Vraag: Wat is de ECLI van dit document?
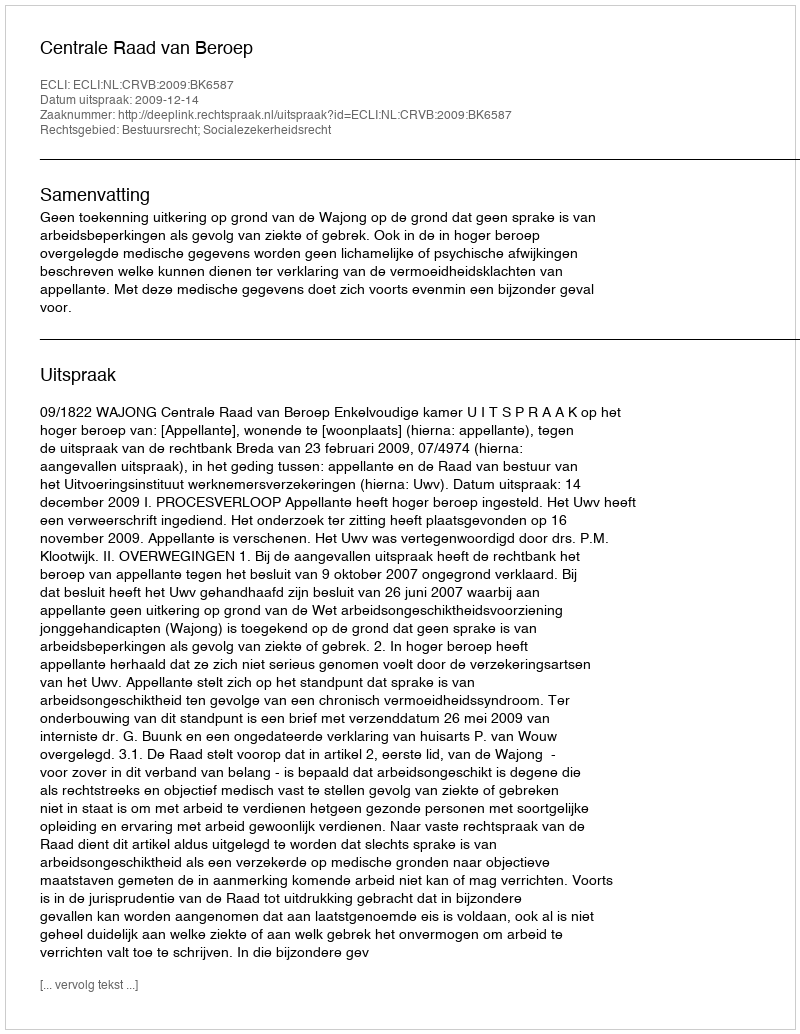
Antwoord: ECLI:NL:CRVB:2009:BK6587